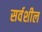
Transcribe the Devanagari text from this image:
सर्वशील